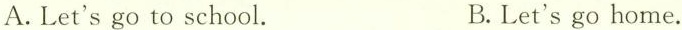
A. Let's go to school. B. Let's go home.